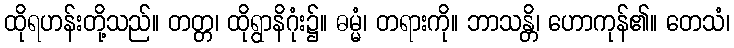
ထိုရဟန်းတို့သည်။ တတ္တ၊ ထိုရွာနိဂုံး၌။ ဓမ္မံ၊ တရားကို။ ဘာသန္တိ၊ ဟောကုန်၏။ တေသံ၊